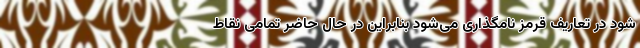
شود در تعاریف قرمز نامگذاری می‌شود بنابراین در حال حاضر تمامی نقاط